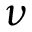
\nu